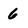
Character: 6